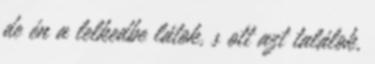
de én a lelkedbe látok, s ott azt találok,